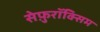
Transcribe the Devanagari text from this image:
सेफ़ुरॉक्सिम